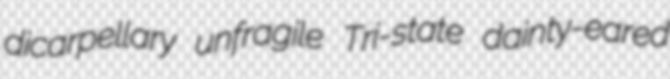
dicarpellary unfragile Tri-state dainty-eared